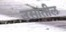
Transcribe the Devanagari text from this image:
उसातील